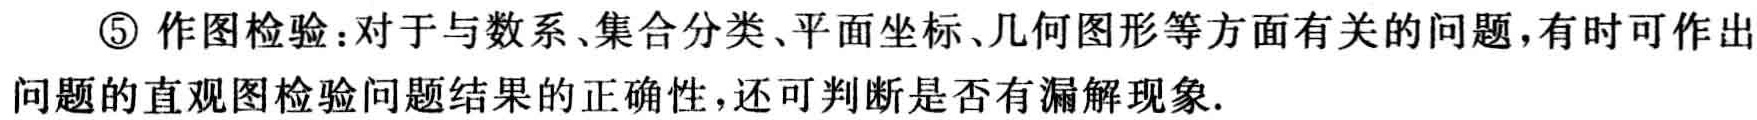
\textcircled{5} 作图检验：对于与数系、集合分类、平面坐标、几何图形等方面有关的问题，有时可作出问题的直观图检验问题结果的正确性，还可判断是否有漏解现象.